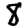
Digit: 8